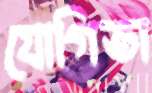
যোগিতা